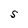
Character: S